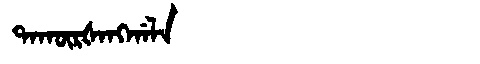
Manchu: ᡨᠠᡴᡡᡵᡧᠠᠩᡤᠠᠯᠠ
Romanization: TAKŪRŠANGGALA